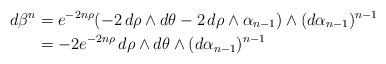
LaTeX: \begin{align*}d\beta^{n}&=e^{-2n\rho}(-2\,d\rho\wedge d\theta-2\,d\rho\wedge\alpha_{n-1})\wedge(d\alpha_{n-1})^{n-1} \\&=-2e^{-2n\rho}\,d\rho\wedge d\theta\wedge(d\alpha_{n-1})^{n-1}\end{align*}